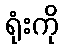
ရုံးကို